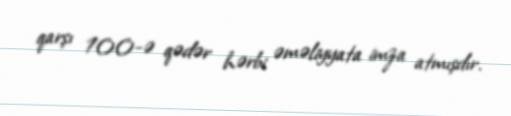
qarşı 100-ə qədər hərbi əməliyyata imza atmışdır.